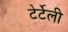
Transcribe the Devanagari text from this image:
टेर्टेली